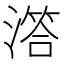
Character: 𣽛